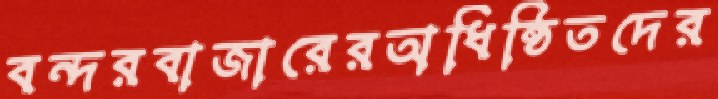
বন্দরবাজারেরঅধিষ্ঠিতদের